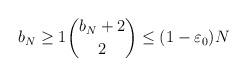
LaTeX: \begin{align*}b_N\geq 1 \binom{b_N +2}{2} \le (1-\varepsilon_0)N\end{align*}